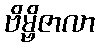
ဗိမ္ဗိဇာလာ